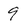
Character: 9